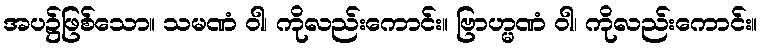
အပ၌ဖြစ်သော။ သမဏံ ဝါ၊ ကိုလည်းကောင်း။ ဗြာဟ္မဏံ ဝါ၊ ကိုလည်းကောင်း။